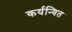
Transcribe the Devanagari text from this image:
कर्यन्वित